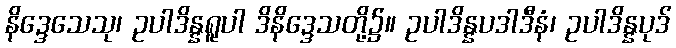
နိဒ္ဒေသေသု၊ ဥပါဒိန္နရူပါ ဒိနိဒ္ဒေသတို့၌။ ဥပါဒိန္နပဒါဒီနံ၊ ဥပါဒိန္နပုဒ်